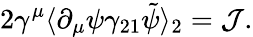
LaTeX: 2\gamma^{\mu}\langle\partial_{\mu}\psi\gamma_{21}\tilde{\psi}\rangle_{2}={\cal J}.